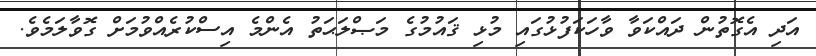
އަދި އެގޮތުން ދައްކަވާ ވާހަކަފުޅުގައި މުޅި ޤައުމުގެ މަޞްލަޙަތު އެންމެ އިސްކުރެއްވުމަށް ގޮވާލަމެވެ.